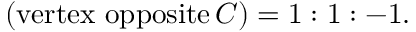
( { \mathrm { v e r t e x ~ o p p o s i t e } } \, C ) = 1 : 1 : - 1 .